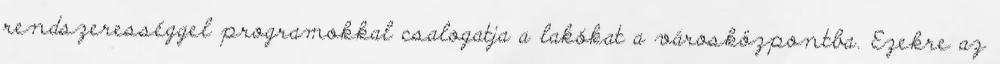
rendszerességgel programokkal csalogatja a lakókat a városközpontba. Ezekre az